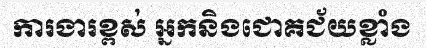
ការងារខ្ពស់ អ្នកនិងជោគជ័យខ្លាំង